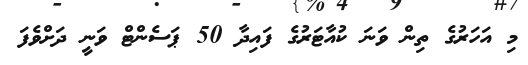
މި އަހަރުގެ ތިން ވަނަ ކުއާޓަރުގެ ފައިދާ 50 ޕަސެންޓް ވަނީ ދަށްވެފަ